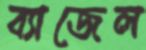
ব্যাজেল